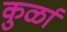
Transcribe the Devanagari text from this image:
कुर्ळा